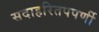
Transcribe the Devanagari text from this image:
सदाहरितपपर्णी